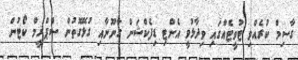
ގާސިމް ކުރެއްވި ޓުވީޓެއްގައި ވިދާޅުވީ އެންޓި ޑިފެކްޝަން ގާނޫނާއި ގުޅޭގޮތުން ސްޕްރީމް ކޯޓުން